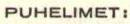
PUHELIMET: